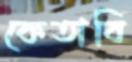
কেতাবি